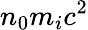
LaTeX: n_{0}m_{i}c^{2}